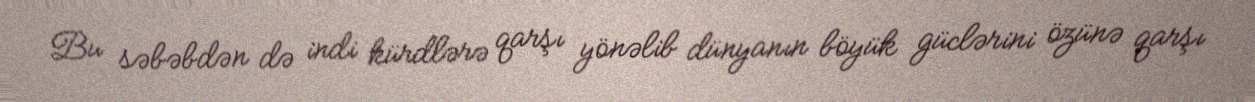
Bu səbəbdən də indi kürdlərə qarşı yönəlib dünyanın böyük güclərini özünə qarşı